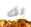
بك